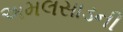
અમલસાડની